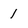
Character: 1